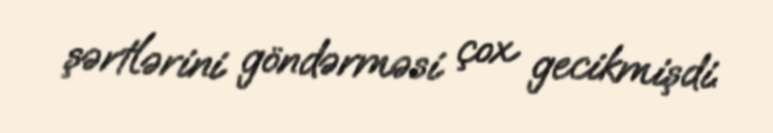
şərtlərini göndərməsi çox gecikmişdi.